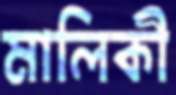
মালিকী